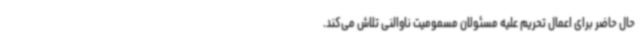
حال حاضر برای اعمال تحریم علیه مسئولان مسمومیت ناوالنی تلاش می‌کند.